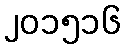
၂၀၁၅၁၆